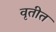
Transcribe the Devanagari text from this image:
वृतीत